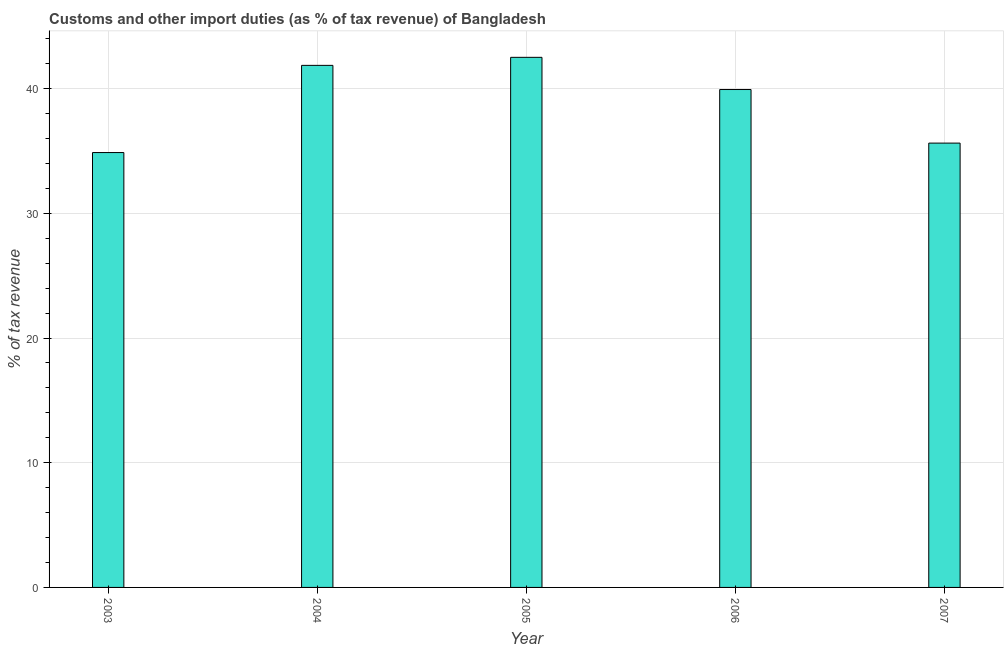
| Year | Customs and other import duties |
 | --- | --- |
 | 2003 | 34.9 |
 | 2004 | 41.9 |
 | 2005 | 42.5 |
 | 2006 | 39.9 |
 | 2007 | 35.6 |